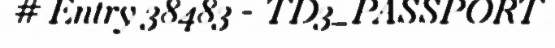
# Entry 38483 - TD3_PASSPORT